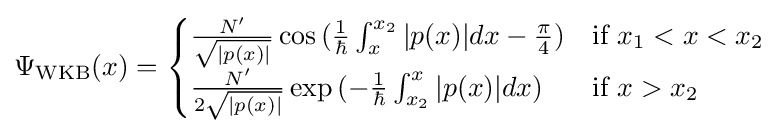
\Psi _{\text{WKB}}(x)={\begin{cases}{\frac {N'}{\sqrt {|p(x)|}}}\cos {({\frac {1}{\hbar }}\int _{x}^{x_{2}}|p(x)|dx-{\frac {\pi }{4}})}&{\text{if }}x_{1}<x<x_{2}\\{\frac {N'}{2{\sqrt {|p(x)|}}}}\exp {(-{\frac {1}{\hbar }}\int _{x_{2}}^{x}|p(x)|dx)}&{\text{if }}x>x_{2}\\\end{cases}}